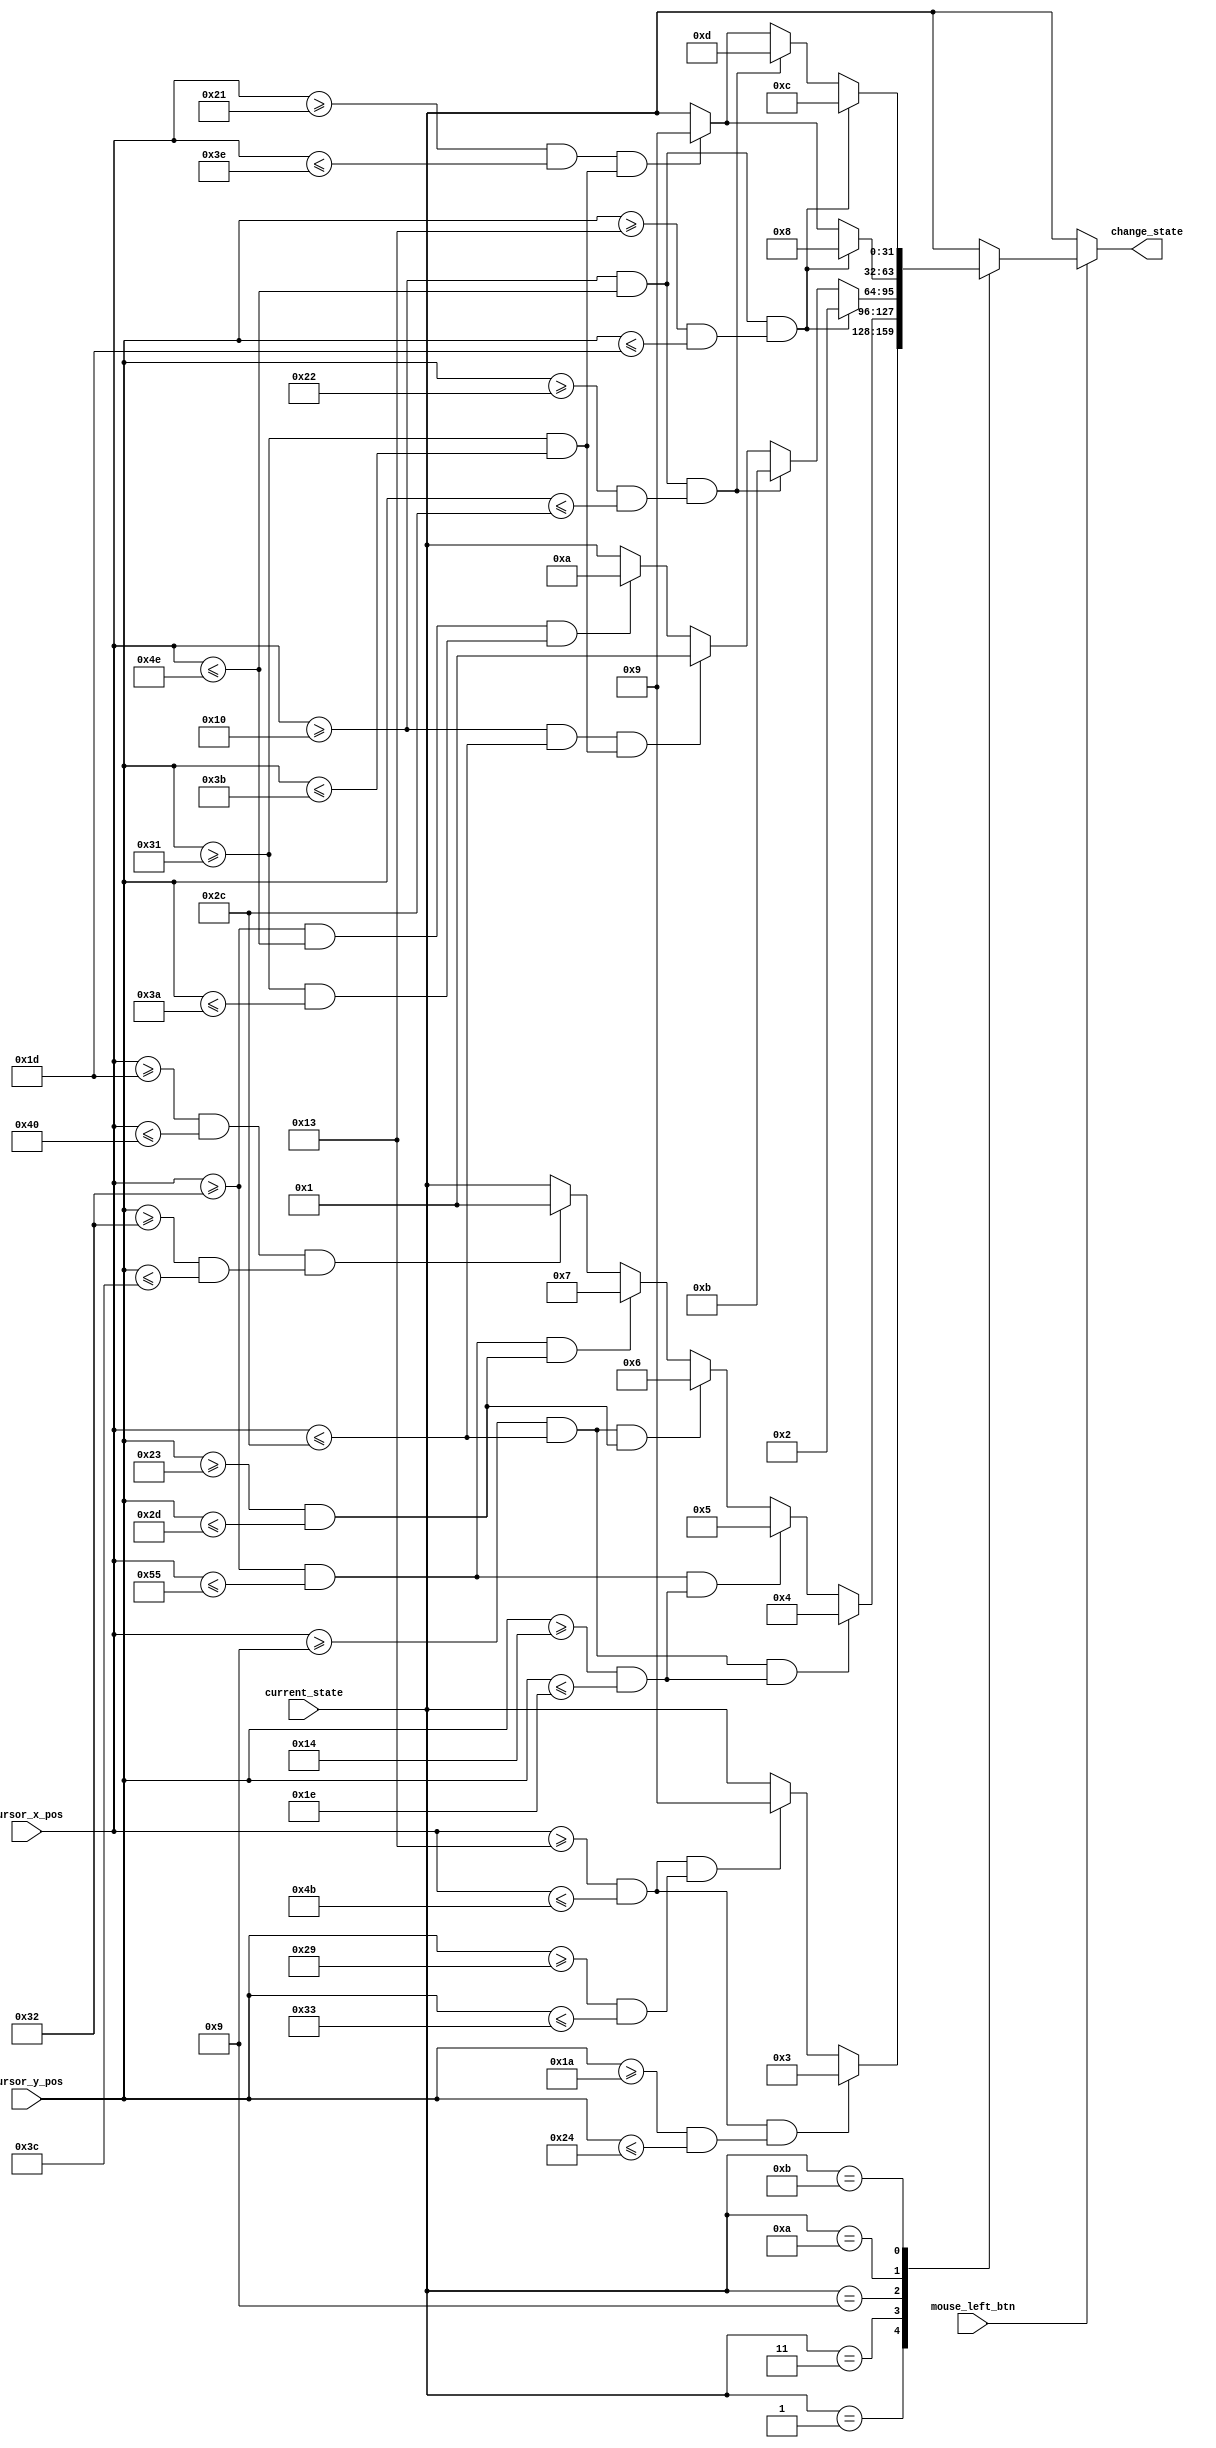
`timescale 1ns / 1ps
//////////////////////////////////////////////////////////////////////////////////
// Company: 
// Engineer: 
// 
// Design Name: 
// Module Name: mouse_click_main_menu
// Project Name: 
// Target Devices: 
// Tool Versions: 
// Description: 
// 
// Dependencies: 
// 
// Revision:
// Revision 0.01 - File Created
// Additional Comments:
// 
//////////////////////////////////////////////////////////////////////////////////


module mouse_click_main_menu(
    input [6:0] cursor_x_pos,
    input [5:0] cursor_y_pos,
    input mouse_left_btn,
    input [31:0] current_state,
    output reg [31:0] change_state
    );
    parameter [31:0] MAIN_MENU = 1;
    parameter [31:0] GROUP_TASK = 2;
    parameter [31:0] INDIVIDUAL_MENU = 3;
    parameter [31:0] INDIVIDUAL_A = 4;
    parameter [31:0] INDIVIDUAL_B = 5;
    parameter [31:0] INDIVIDUAL_C = 6;
    parameter [31:0] INDIVIDUAL_D = 7;
    parameter [31:0] SIU = 8;
    parameter [31:0] GROUP_MENU = 9;
    parameter [31:0] GROUP_MENU2 = 10;
    parameter [31:0] GRAPH_MENU = 11;
    parameter [31:0] DIRECTED_GRAPH = 12;
    parameter [31:0] UNDIRECTED_GRAPH = 13;
    
    always @ (*) begin
        if (mouse_left_btn) begin
            case (current_state)
                MAIN_MENU: begin
                    // Individual
                    if ((cursor_x_pos >= 19 && cursor_x_pos <= 75) && 
                        (cursor_y_pos >= 26 && cursor_y_pos <= 36)) begin
                        change_state <= INDIVIDUAL_MENU;
                    end
                    //  Group
                    else if ((cursor_x_pos >= 19 && cursor_x_pos <= 75) && 
                            (cursor_y_pos >= 41 && cursor_y_pos <= 51)) begin
                        change_state <= GROUP_MENU;
                    end
                    else begin
                        change_state <= current_state;
                    end
                end
                INDIVIDUAL_MENU: begin
                    // A
                    if ((cursor_x_pos >= 9 && cursor_x_pos <= 44) && 
                        (cursor_y_pos >= 20 && cursor_y_pos <= 30)) begin
                        change_state <= INDIVIDUAL_A;
                    end
                    //  B
                    else if ((cursor_x_pos >= 50 && cursor_x_pos <= 85) && 
                            (cursor_y_pos >= 20 && cursor_y_pos <= 30)) begin
                        change_state <= INDIVIDUAL_B;
                    end
                    //  C
                    else if ((cursor_x_pos >= 9 && cursor_x_pos <= 44) && 
                            (cursor_y_pos >= 35 && cursor_y_pos <= 45)) begin
                        change_state <= INDIVIDUAL_C;
                    end
                    //  D
                    else if ((cursor_x_pos >= 50 && cursor_x_pos <= 85) && 
                            (cursor_y_pos >= 35 && cursor_y_pos <= 45)) begin
                        change_state <= INDIVIDUAL_D;
                    end
                    //  Back
                    else if ((cursor_x_pos >= 29 && cursor_x_pos <= 64) && 
                            (cursor_y_pos >= 50 && cursor_y_pos <= 60)) begin
                        change_state <= MAIN_MENU;
                    end
                    else begin
                        change_state <= current_state;
                    end
                end
                GROUP_MENU: begin
                    // integration
                    if ((cursor_x_pos >= 16 && cursor_x_pos <= 78) && 
                        (cursor_y_pos >= 19 && cursor_y_pos <= 29)) begin
                        change_state <= GROUP_TASK;
                    end
                    //  graph algo
                    else if ((cursor_x_pos >= 16 && cursor_x_pos <= 78) && 
                            (cursor_y_pos >= 34 && cursor_y_pos <= 44)) begin
                        change_state <= GRAPH_MENU;
                    end
                    //  back
                    else if ((cursor_x_pos >= 16 && cursor_x_pos <= 44) && 
                            (cursor_y_pos >= 49 && cursor_y_pos <= 59)) begin
                        change_state <= MAIN_MENU;
                    end
                    //  next
                    else if ((cursor_x_pos >= 50 && cursor_x_pos <= 78) && 
                            (cursor_y_pos >= 49 && cursor_y_pos <= 58)) begin
                        change_state <= GROUP_MENU2;
                    end
                    else begin
                        change_state <= current_state;
                    end
                end
                GROUP_MENU2: begin
                    // siumulation
                    if ((cursor_x_pos >= 16 && cursor_x_pos <= 78) && 
                        (cursor_y_pos >= 19 && cursor_y_pos <= 29)) begin
                        change_state <= SIU;
                    end
                    //  back
                    else if ((cursor_x_pos >= 33 && cursor_x_pos <= 62) && 
                            (cursor_y_pos >= 49 && cursor_y_pos <= 59)) begin
                        change_state <= GROUP_MENU;
                    end
                    else begin
                        change_state <= current_state;
                    end
                end
                GRAPH_MENU: begin
                    // directed
                    if ((cursor_x_pos >= 16 && cursor_x_pos <= 78) && 
                        (cursor_y_pos >= 19 && cursor_y_pos <= 29)) begin
                        change_state <= DIRECTED_GRAPH;
                    end
                    //  undirected
                    else if ((cursor_x_pos >= 16 && cursor_x_pos <= 78) && 
                            (cursor_y_pos >= 34 && cursor_y_pos <= 44)) begin
                        change_state <= UNDIRECTED_GRAPH;
                    end
                    //  back
                    else if ((cursor_x_pos >= 33 && cursor_x_pos <= 62) && 
                            (cursor_y_pos >= 49 && cursor_y_pos <= 59)) begin
                        change_state <= GROUP_MENU;
                    end
                    else begin
                        change_state <= current_state;
                    end
                end
                default: begin
                    change_state <= current_state;
                end
            endcase
        end
        else begin
            change_state <= current_state;
        end
    end
endmodule